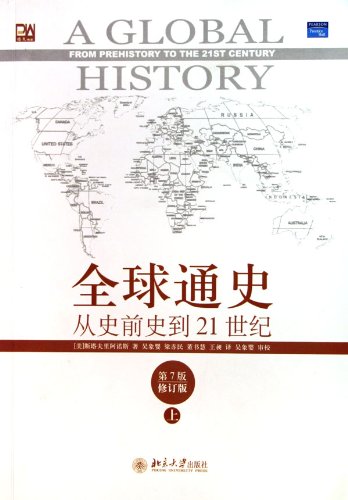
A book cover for From Prehistory to the 21st Century (Seventh Edition) (Volume I) (Chinese Edition); Leften Stavros Stavrianos; History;